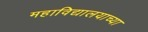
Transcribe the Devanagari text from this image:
महाविद्यालयाच्या